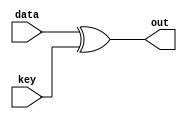
`timescale 1ns / 1ps
//////////////////////////////////////////////////////////////////////////////////
// Company: 
// Engineer: 
// 
// Design Name: 
// Module Name:    round_key 
// Project Name: 
// Target Devices: 
// Tool versions: 
// Description: 
//
// Dependencies: 
//
// Revision: 
// Revision 0.01 - File Created
// Additional Comments: 
//
//////////////////////////////////////////////////////////////////////////////////
module round_key(data, key, out);
	
	input [127:0] data;
	input [127:0] key;
	output [127:0] out;
	
	assign out = data ^ key;
	
endmodule